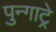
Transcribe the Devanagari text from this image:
पुन्गाट्रे